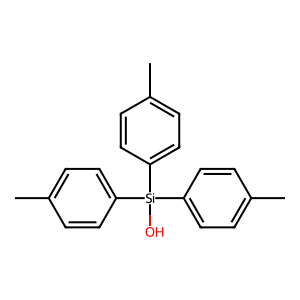
SMILES: Cc1ccc([Si](O)(c2ccc(C)cc2)c2ccc(C)cc2)cc1
Inhibits HIV replication: No